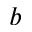
b